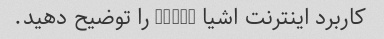
کاربرد اینترنت اشیا (IoT) را توضیح دهید.